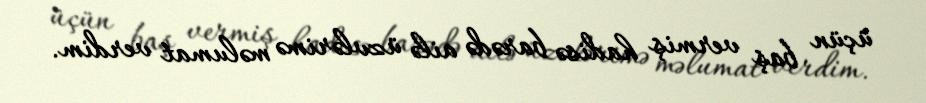
üçün baş vermiş hadisə barədə ailə üzvlərimə məlumat verdim.